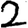
Digit: 2